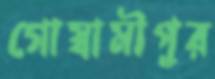
গোস্বামীপুর